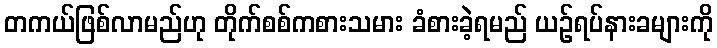
တကယ်ဖြစ်လာမည်ဟု တိုက်စစ်ကစားသမား ခံစားခဲ့ရမည် ယဉ်ရပ်နားခများကို